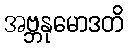
အဗ္ဘနုမောဒတိ